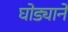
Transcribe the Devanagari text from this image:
घोड्याने